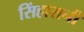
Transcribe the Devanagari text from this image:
सिंहासनी